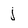
Character: j